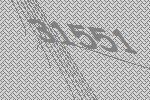
31551